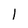
Character: 1